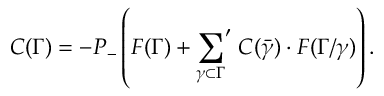
C ( \Gamma ) = - P _ { - } \left( F ( \Gamma ) + { \sum _ { \gamma \subset \Gamma } } ^ { \prime } \; C ( \bar { \gamma } ) \cdot F ( \Gamma / \gamma ) \right) .